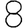
Digit: 8